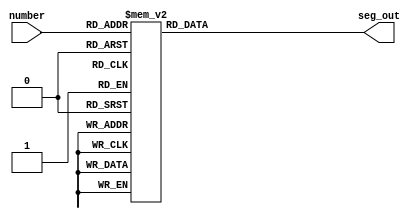
`timescale 1ns / 1ps

module _7seg(
    input [3:0] number,
    output reg [6:0] seg_out
    );
    always @(number) begin
        case (number)
            4'b0000: seg_out = 7'b1000000; 
            4'b0001: seg_out = 7'b1111001;
            4'b0010: seg_out = 7'b0100100;
            4'b0011: seg_out = 7'b0110000;
            4'b0100: seg_out = 7'b0011001;
            4'b0101: seg_out = 7'b0010010;
            4'b0110: seg_out = 7'b0000010;
            4'b0111: seg_out = 7'b1111000;
            4'b1000: seg_out = 7'b0000000;
            4'b1001: seg_out = 7'b0010000;
            default: seg_out = 7'b1000000;
        endcase
    end
endmodule